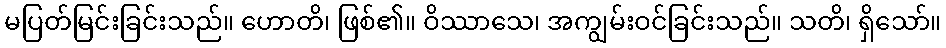
မပြတ်မြင်းခြင်းသည်။ ဟောတိ၊ ဖြစ်၏။ ဝိဿာသေ၊ အကျွမ်းဝင်ခြင်းသည်။ သတိ၊ ရှိသော်။